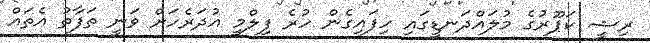
ރިޝީ ކަޕޫރުގެ މުލައްދަނޑީގައި ހިފައިގެން ހުރެ ފިލްމީ އުދަރެހަށް ވަނީ ތަފާތު އެތައް